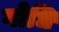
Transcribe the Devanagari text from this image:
गोधि